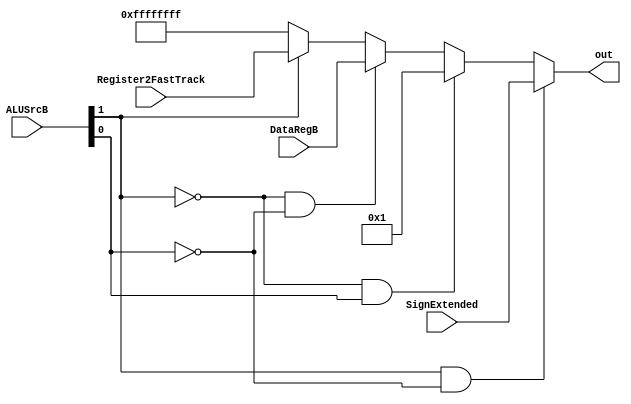
module SrcBMux(
	input[1:0] ALUSrcB,
	input[DATA_WIDTH-1:0] DataRegB,
	input[DATA_WIDTH-1:0] SignExtended,
	input[DATA_WIDTH-1:0] Register2FastTrack,
	output[DATA_WIDTH-1:0] out
    );
	parameter DATA_WIDTH = 32;
	
	assign out =  ALUSrcB[1] && ~ALUSrcB[0] ? SignExtended :
					 ~ALUSrcB[1] && ALUSrcB[0] ? 32'd1 :
					 ~ALUSrcB[1] && ~ALUSrcB[0] ? DataRegB : 
					 &ALUSrcB[1] ? Register2FastTrack: -1;

endmodule